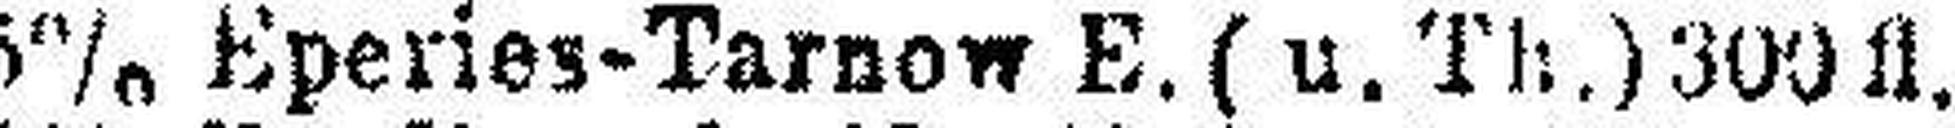
5% Eperies-Tarnow E. (u.Th.) 300 fl.